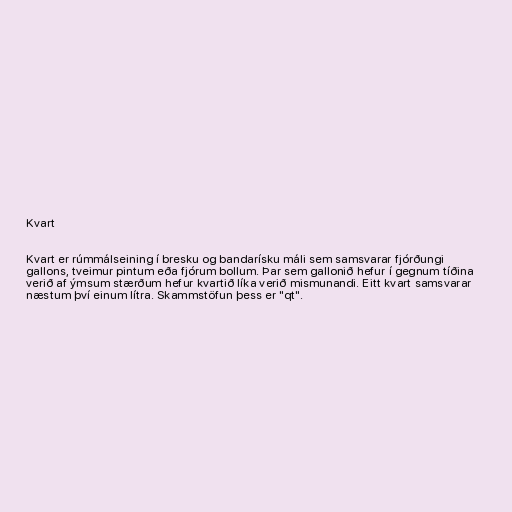
Kvart

Kvart er rúmmálseining í bresku og bandarísku máli sem samsvarar fjórðungi
gallons, tveimur pintum eða fjórum bollum. Þar sem gallonið hefur í gegnum tíðina
verið af ýmsum stærðum hefur kvartið líka verið mismunandi. Eitt kvart samsvarar
næstum því einum lítra. Skammstöfun þess er "qt".